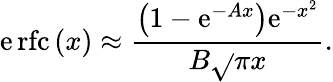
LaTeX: \operatorname{\mathrm{e}rfc}\left(x\right)\approx{\frac{{\left(1-\mathrm{e}^{-Ax}\right)\mathrm{e}^{-x^{2}}}}{{B{\sqrt{}{{\pi}}}x}}}.